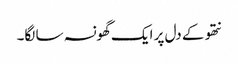
نتھو کے دل پر ایک گھونسہ سا لگا۔